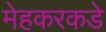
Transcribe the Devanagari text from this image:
मेहकरकडे